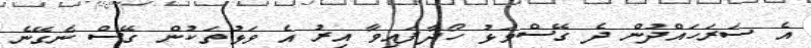
އެ ސަރަހައްދުން ދެ ގޭސްވަޅު ހޯދާފައިވާ އިރު އެ ވަޅުތަކުން ގޭސް ނެގޭނެ